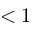
< 1